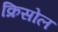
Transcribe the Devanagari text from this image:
क्रिसोल